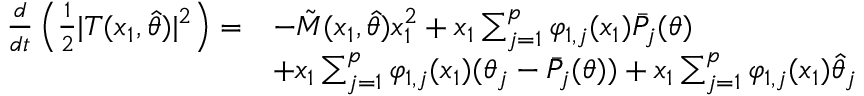
\begin{array} { r l } { \frac { d } { d t } \left( \frac { 1 } { 2 } \vert T ( x _ { 1 } , \hat { \theta } ) \vert ^ { 2 } \right) = } & { - \tilde { M } ( x _ { 1 } , \hat { \theta } ) x _ { 1 } ^ { 2 } + x _ { 1 } \sum _ { j = 1 } ^ { p } \varphi _ { 1 , j } ( x _ { 1 } ) \bar { P } _ { j } ( \theta ) } \\ & { + x _ { 1 } \sum _ { j = 1 } ^ { p } \varphi _ { 1 , j } ( x _ { 1 } ) ( \theta _ { j } - \bar { P } _ { j } ( \theta ) ) + x _ { 1 } \sum _ { j = 1 } ^ { p } \varphi _ { 1 , j } ( x _ { 1 } ) \hat { \theta } _ { j } } \end{array}